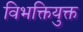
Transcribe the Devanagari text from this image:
विभक्तियुक्त